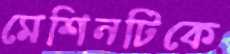
মেশিনটিকে